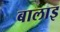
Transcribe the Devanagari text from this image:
बालाइ